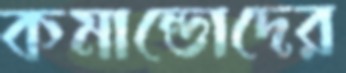
কমান্ডোদের